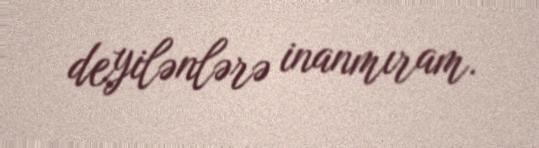
deyilənlərə inanmıram.